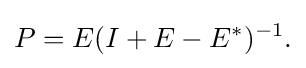
\displaystyle {P=E(I+E-E^{*})^{-1}.}